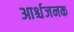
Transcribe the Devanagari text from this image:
आर्श्चजनक